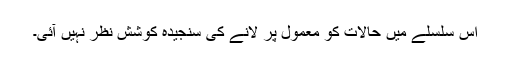
اس سلسلے میں حالات کو معمول پر لانے کی سنجیدہ کوشش نظر نہیں آئی۔